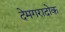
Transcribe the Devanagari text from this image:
देमगरादोक